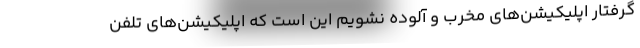
گرفتار اپلیکیشن‌های مخرب و آلوده نشویم این است که اپلیکیشن‌های تلفن